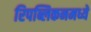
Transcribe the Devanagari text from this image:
रिपब्लिकनमध्ये